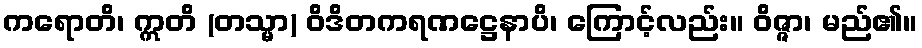
ကရောတိ၊ ဣတိ (တသ္မာ) ဝိဒိတကရဏဋ္ဌေနာပိ၊ ကြောင့်လည်း။ ဝိဇ္ဇာ၊ မည်၏။